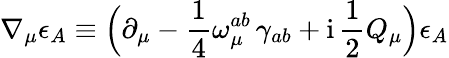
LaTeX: \nabla_{\mu}\epsilon_{A}\equiv\Bigl(\partial_{\mu}-\frac{1}{4}\omega_{\mu}^{ab}\, \gamma_{ab}+\mathrm{i}\, \frac{1}{2}Q_{\mu}\Bigr)\epsilon_{A}